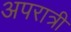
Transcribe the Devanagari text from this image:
अपरात्री